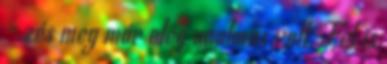
- zés meg már elég unalmas volt. Fel is